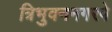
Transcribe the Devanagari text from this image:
त्रिभुवननगरपे